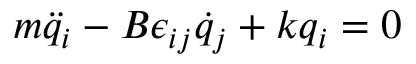
m \ddot { q } _ { i } - B \epsilon _ { i j } \dot { q } _ { j } + k q _ { i } = 0